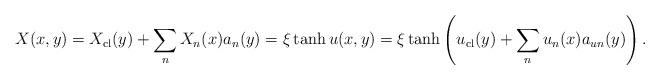
LaTeX: \begin{align*}X(x,y)=X_{\rm cl}(y)+\sum_n X_n(x) a_n(y)=\xi\tanh u(x, y) =\xi \tanh \left(u_{\rm cl}(y)+ \sum_n u_n(x) a_{u n} (y) \right).\end{align*}